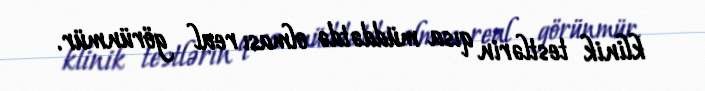
klinik testlərin qısa müddətdə olması real görünmür.